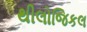
થીલોજિકલ